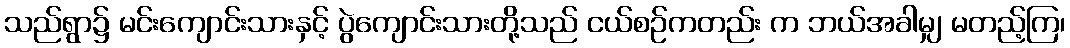
သည်ရွာ၌ မင်းကျောင်းသားနှင့် ပွဲကျောင်းသားတို့သည် ငယ်စဉ်ကတည်း က ဘယ်အခါမျှ မတည့်ကြ၊